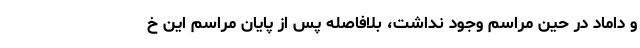
و داماد در حین مراسم وجود نداشت، بلافاصله پس از پایان مراسم این خ